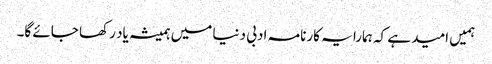
ہمیں امید ہے کہ ہمارا یہ کارنامہ ادبی دنیا میں ہمیشہ یاد رکھا جائے گا۔